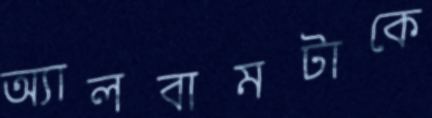
অ্যালবামটাকে